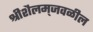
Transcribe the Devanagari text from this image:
श्रीशैलम्‌जवळील